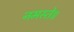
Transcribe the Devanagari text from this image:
नमस्ते॥